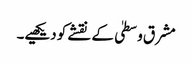
مشرق وسطیٰ کے نقشے کو دیکھیے۔